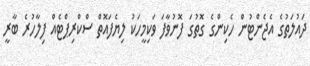
ދައުލަތުގެ އެޖެންޓުން ހެކިންގެ ގޮތުގަ ފޮނުވާފަ ވަކިމީހަކު ލިޔެފައޮތް ސްކްރިޕްޓެއް ފިލާހުރެ ބާރީ